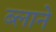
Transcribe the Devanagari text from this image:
ब्लाने